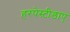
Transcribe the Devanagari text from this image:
हरपेस्टीडाए